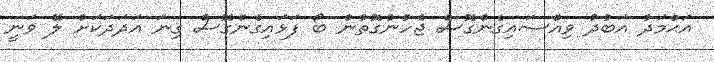
އަޙްމަދު އަބުދު ވިއްސައިގެންގޮސް ޖެހުނުގޮތުން ބޯ ފަޅައިގެންގޮސް ގިނަ އަދަދަކަށް ލޭ ވަނީ